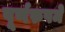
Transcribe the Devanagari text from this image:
पूर्णरुपमे